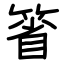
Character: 箵